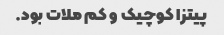
پیتزا کوچیک و کم ملات بود.